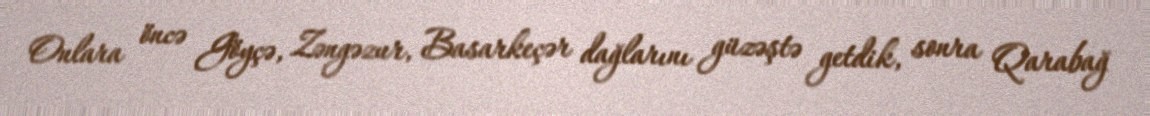
Onlara öncə Göyçə, Zəngəzur, Basarkeçər dağlarını güzəştə getdik, sonra Qarabağ